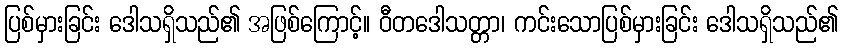
ပြစ်မှားခြင်း ဒေါသရှိသည်၏ အဖြစ်ကြောင့်။ ဝီတဒေါသတ္တာ၊ ကင်းသောပြစ်မှားခြင်း ဒေါသရှိသည်၏